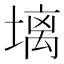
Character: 𪤋